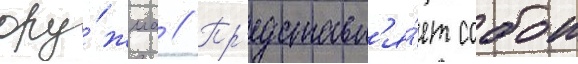
ору́жиа // Пр'едставл'я́ет собои